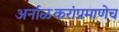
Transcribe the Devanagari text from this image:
अर्नाळकरांप्रमाणेच